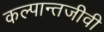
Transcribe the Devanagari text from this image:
कल्पान्तजीवी